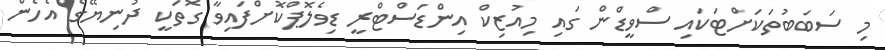
މި ސަބަބުތަކަށްޓަކައި ސްވީޑްން ގައި މިއުޒިކް އިންޑަސްޓްރީ ޑިވެލޮޕްކޮށްފައިވާ ގޮތަކީ ދުނިޔޭގެ އެހެން